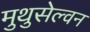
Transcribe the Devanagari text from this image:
मुथुसेल्वन